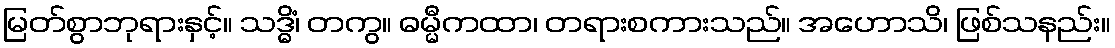
မြတ်စွာဘုရားနှင့်။ သဒ္ဓိံ၊ တကွ။ ဓမ္မီကထာ၊ တရားစကားသည်။ အဟောသိ၊ ဖြစ်သနည်း။